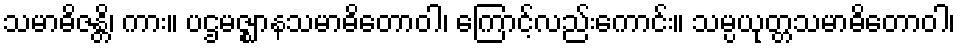
သမာဓိဇန္တိ၊ ကား။ ပဌမဇ္ဈာနသမာဓိတောဝါ၊ ကြောင့်လည်းကောင်း။ သမ္ပယုတ္တသမာဓိတောဝါ၊